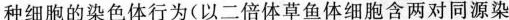
种细胞的染色体行为(以二倍体草鱼体细胞含两对同源染